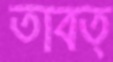
তাবত্